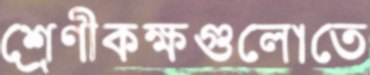
শ্রেণীকক্ষগুলোতে